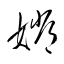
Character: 嫦